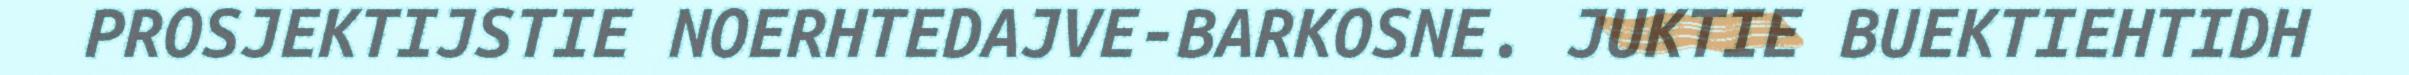
PROSJEKTIJSTIE NOERHTEDAJVE-BARKOSNE. JUKTIE BUEKTIEHTIDH